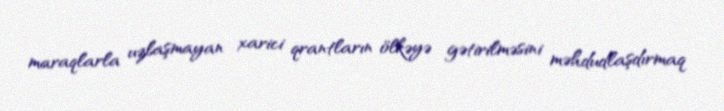
maraqlarla uzlaşmayan xarici qrantların ölkəyə gətirilməsini məhdudlaşdırmaq